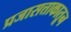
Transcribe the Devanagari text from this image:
प्रजासत्ताकातून